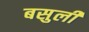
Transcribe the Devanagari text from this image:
बसुली